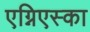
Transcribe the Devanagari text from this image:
एग्निएस्का